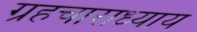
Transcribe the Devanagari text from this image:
ग्रहचाराध्याय